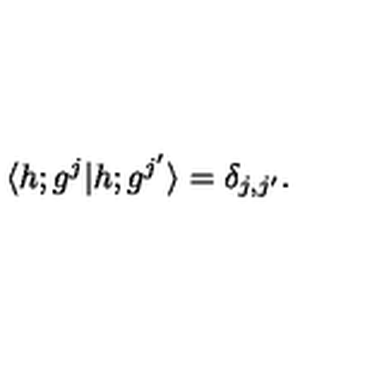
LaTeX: \langle h ; g ^ { j } \vert h ; g ^ { j ^ { \prime } } \rangle = \delta _ { j , j ^ { \prime } } { } .